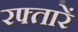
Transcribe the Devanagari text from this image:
रफ्तारें